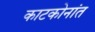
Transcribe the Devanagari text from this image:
काटकोनांत